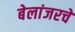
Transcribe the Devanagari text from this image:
बेलांजरचे